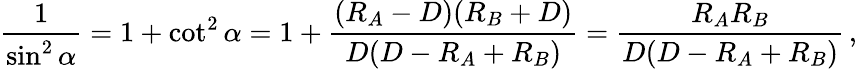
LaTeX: {\frac{1}{\sin^{2}\alpha}}=1+\cot^{2}\alpha=1+{\frac{(R_{A}-D)(R_{B}+D)}{D(D-R_{A}+R_{B})}}={\frac{R_{A}R_{B}}{D(D-R_{A}+R_{B})}}\, ,